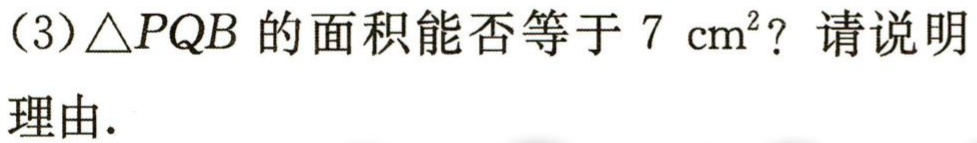
(3)$\triangle PQB$的面积能否等于$7\ \mathrm{cm}^{2}$？请说明理由.